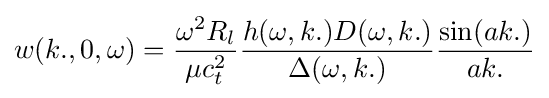
w(k.,0,\omega )={\omega ^{2}R_{l} \over \mu c_{t}^{2}}{h(\omega ,k.)D(\omega ,k.) \over \Delta (\omega ,k.)}{\sin(ak.) \over ak.}